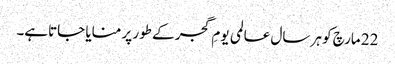
22 مارچ کو ہر سال عالمی یومِ گجر کے طور پر منایا جاتاہے۔